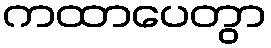
ကထာပေတွာ